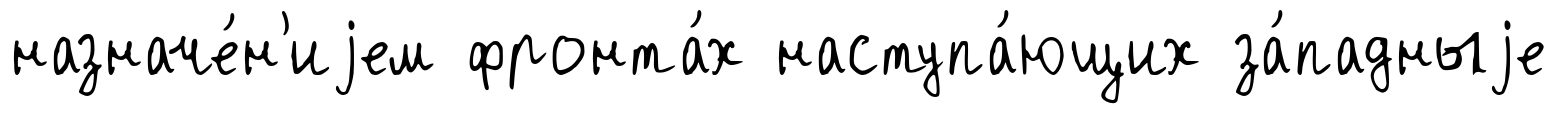
назначе́н'иjем фронта́х наступа́ющих за́падныjе